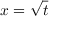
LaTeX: x = { \sqrt { t } }